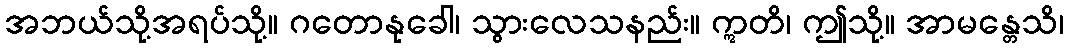
အဘယ်သို့အရပ်သို့။ ဂတောနုခေါ၊ သွားလေသနည်း။ ဣတိ၊ ဤသို့။ အာမန္တေသိ၊